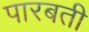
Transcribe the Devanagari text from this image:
पारबती